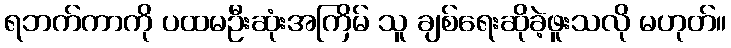
ရဘက်ကာကို ပထမဦးဆုံးအကြိမ် သူ ချစ်ရေးဆိုခဲ့ဖူးသလို မဟုတ်။